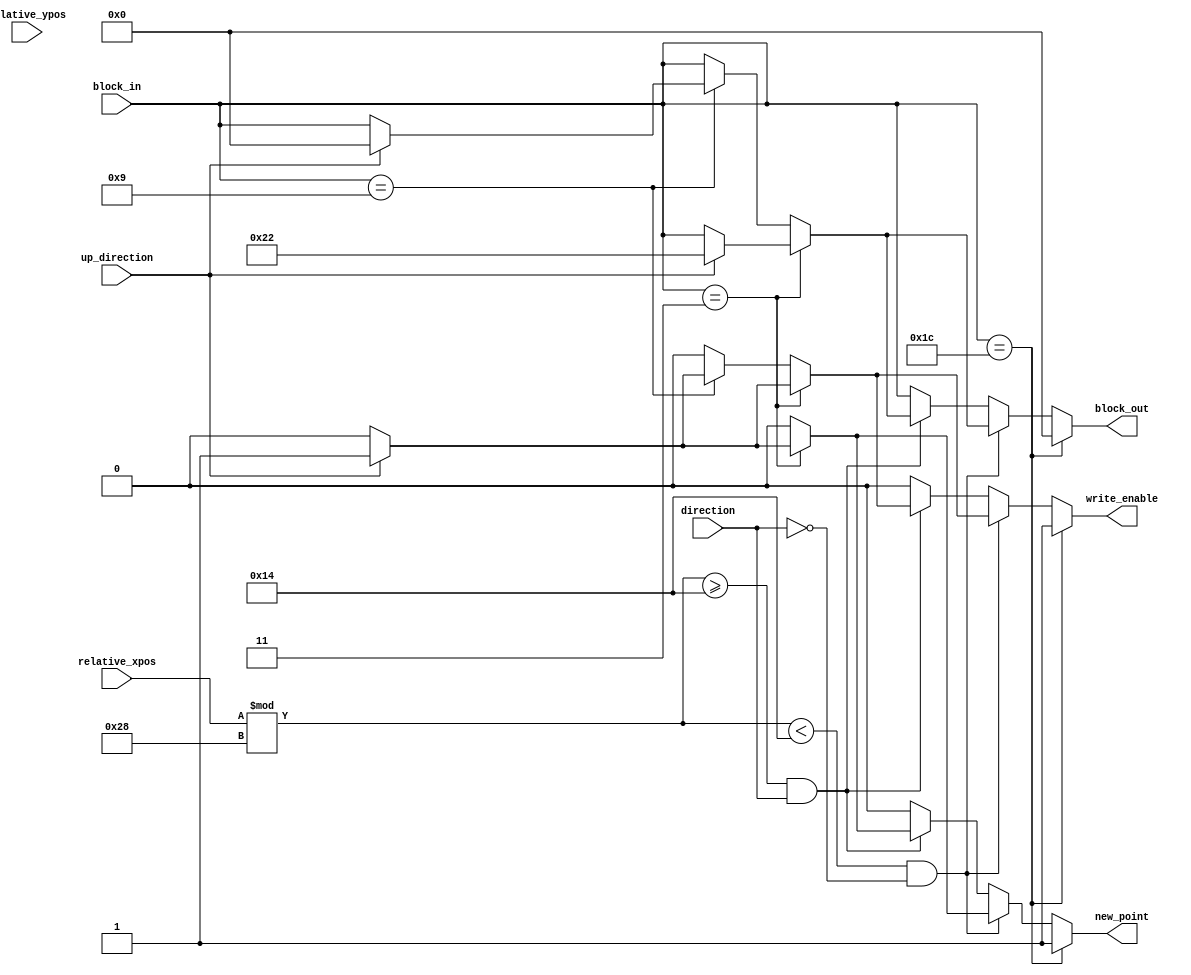
module new_block(
    input wire [5:0] block_in,
    input wire up_direction,
    input wire direction,
    input wire [9:0] relative_xpos,
    input wire [8:0] relative_ypos,
    output reg [5:0] block_out,
    output reg write_enable,
    output reg new_point
    );
    
    
    always @* begin
        if(block_in == GY) begin
            new_point = 1;
            block_out = B;
            write_enable = 1;
        end
        else if(((relative_xpos % 40) < 20) && (direction == 0)) begin
            if(block_in == D) begin
                if(up_direction) begin
                    new_point = 1;
                    block_out = DY;
                    write_enable = 1;
                end
                else begin
                    new_point = 0;
                    block_out = block_in;
                    write_enable = 0;
                end
            end
            else if(block_in == J) begin
                new_point = 0;
                if(up_direction) begin
                    block_out = B;
                    write_enable = 1;
                end
                else begin
                    block_out = block_in;
                    write_enable = 0;
                end
            end
            else begin
                new_point = 0;
                block_out = block_in;
                write_enable = 0;
            end  
        end
        else if(((relative_xpos % 40) >= 20) && (direction == 1)) begin
            if(block_in == D) begin
                if(up_direction) begin
                    new_point = 1;
                    block_out = DY;
                    write_enable = 1;
                end
                else begin
                    new_point = 0;
                    block_out = block_in;
                    write_enable = 0;
                end
            end
            else if(block_in == J) begin
                new_point = 0;
                if(up_direction) begin
                    block_out = B;
                    write_enable = 1;
                end
                else begin
                    block_out = block_in;
                    write_enable = 0;
                end
            end
            else begin
                new_point = 0;
                block_out = block_in;
                write_enable = 0;
            end  
        end
        else begin
            new_point = 0;
            block_out = block_in;
            write_enable = 0;
        end  
    end


            localparam	  A	   =	1	 ;
            localparam    B    =    0    ;
            localparam    C    =    2    ;
            localparam    D    =    3    ;
            localparam    E    =    4    ;
            localparam    F    =    5    ;
            localparam    G    =    6    ;
            localparam    H    =    7    ;
            localparam    I    =    8    ;
            localparam    J    =    9    ;
            localparam    K    =    10    ;
            localparam    L    =    11    ;
            localparam    M    =    12    ;
            localparam    N    =    13    ;
            localparam    O    =    14    ;
            localparam    P    =    15    ;
            localparam    Q    =    16    ;
            localparam    R    =    17    ;
            localparam    S    =    18    ;
            localparam    T    =    19    ;
            localparam    U    =    20    ;
            localparam    V    =    21    ;
            localparam    W    =    22    ;
            localparam    X    =    23    ;
            localparam    Y    =    24    ;
            localparam    Z    =    25    ;
            localparam    AY    =    26    ;
            localparam    IY    =    27    ;
            localparam    GY    =    28    ;
            localparam    KY    =    29    ;
            localparam    PY    =    30    ;
            localparam    TY    =    31    ;
            localparam    UY    =    32    ;
            localparam    WY    =    33    ;
            localparam    DY    =    34    ;
            localparam    BY    =    35    ;
            
            
            
            
    endmodule